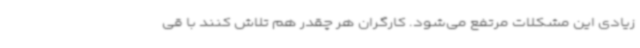
زیادی این مشکلات مرتفع می‌شود. کارگران هر چقدر هم تلاش کنند با قی